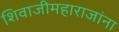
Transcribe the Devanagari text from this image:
शिवाजीमहाराजांना